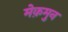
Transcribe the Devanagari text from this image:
मेक़मुन